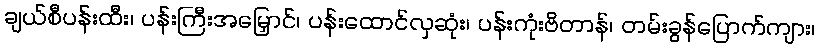
ချယ်စီပန်းထီး၊ ပန်းကြီးအမြှောင်၊ ပန်းထောင်လှဆုံး၊ ပန်းကုံးဗိတာန်၊ တမ်းခွန်ပြောက်ကျား၊